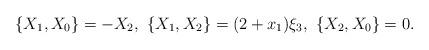
LaTeX: \begin{align*}\{X_1,X_0\}=-X_2,\,\,\{X_1,X_2\}=(2+x_1)\xi_3,\,\,\{X_2,X_0\}=0.\end{align*}